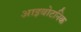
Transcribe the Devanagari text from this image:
आइबोटनिक